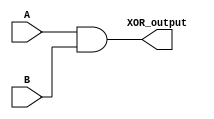
module XOR_gate(
    input A,
    input B,
    output XOR_output
);

wire NAND_output;
wire XOR_output;

// NAND gate implementation
assign NAND_output = ~(A & B);

// Inverter gate implementation
assign XOR_output = !NAND_output;

endmodule